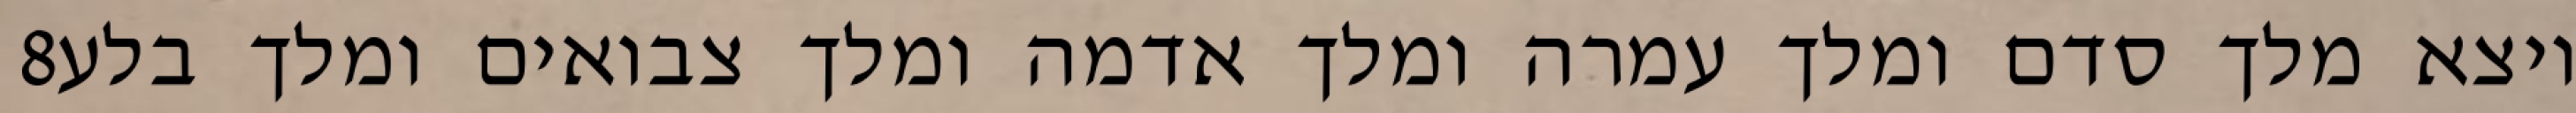
‎8‏ ויצא מלך סדם ומלך עמרה ומלך אדמה ומלך צבואים ומלך בלע